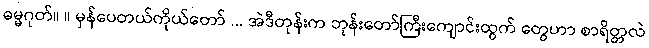
ဓမ္မဂုတ်။ ။ မှန်ပေတယ်ကိုယ်တော် ... အဲဒီတုန်းက ဘုန်းတော်ကြီးကျောင်းထွက် တွေဟာ စာရိတ္တလဲ